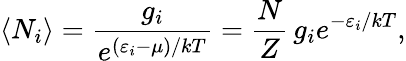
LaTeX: \langle N_{i}\rangle={\frac{g_{i}}{e^{(\varepsilon_{i}-\mu)/kT}}}={\frac{N}{Z}}\, g_{i}e^{-\varepsilon_{i}/kT},